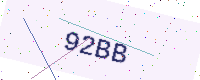
Text: 92BB